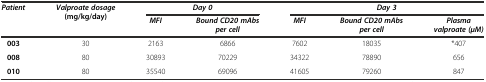
| <ROWSPAN=2> Patient | <ROWSPAN=2> Valproate dosage(mg/kg/day) | <COLSPAN=2> Day 0 | <COLSPAN=3> Day 3 |
 | MFI | Bound CD20 mAbs per cell | MFI | Bound CD20 mAbs per cell | Plasma valproate (μM) |
 | --- | --- | --- | --- | --- | --- | --- |
 | 003 | 30 | 2163 | 6866 | 7602 | 18035 | *407 |
 | 008 | 80 | 30893 | 70229 | 34322 | 78890 | 656 |
 | 010 | 80 | 35540 | 69096 | 41605 | 79260 | 847 |